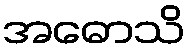
အဓောသိ